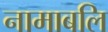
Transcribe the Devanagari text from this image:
नामाबलि